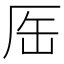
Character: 厒